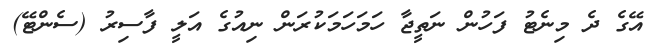
އޭގެ ދެ މިނެޓު ފަހުން ނަތީޖާ ހަމަހަމަކުރަން ނިއުގެ އަލީ ފާސިރު (ސެންޓޭ)